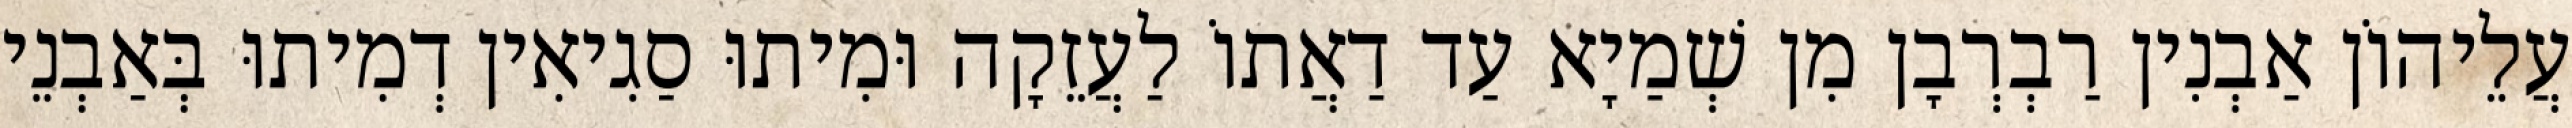
עֲלֵיהוֹן אַבְנִין רַבְרְבָן מִן שְׁמַיָא עַד דַאֲתוֹ לַעֲזֵקָה וּמִיתוּ סַגִיאִין דְמִיתוּ בְּאַבְנֵי